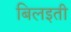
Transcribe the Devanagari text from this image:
बिलइती